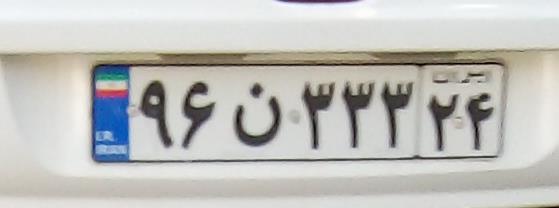
۹۶ن۳۳۳۲۴